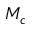
M _ { c }